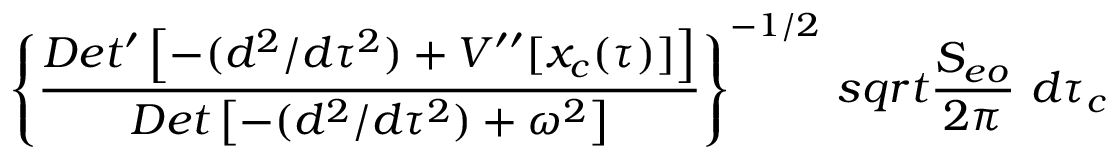
\left\{ { \frac { D e t ^ { \prime } \left[ - ( d ^ { 2 } / d \tau ^ { 2 } ) + V ^ { \prime \prime } [ x _ { c } ( \tau ) ] \right] } { D e t \left[ - ( d ^ { 2 } / d \tau ^ { 2 } ) + \omega ^ { 2 } \right] } } \right\} ^ { - 1 / 2 } \, s q r t { { \frac { S _ { e o } } { 2 \pi } } } \ d \tau _ { c }